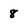
Character: 8